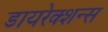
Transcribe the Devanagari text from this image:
डायरेक्शन्स